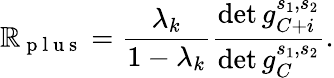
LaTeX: \mathbb{R}_{\mathrm{{~p~l~u~s~}}}=\frac{{\lambda_{k}}}{{1-\lambda_{k}}}\frac{{\operatorname*{det}g_{C+i}^{s_{1},s_{2}}}}{{\operatorname*{det}g_{C}^{s_{1},s_{2}}}}.